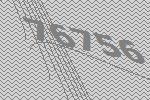
76756